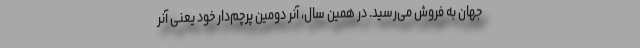
جهان به فروش می‌رسید. در همین سال، آنر دومین پرچم‌دار خود یعنی آنر